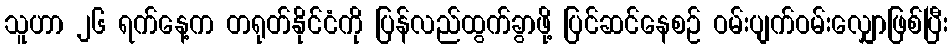
သူဟာ ၂၆ ရက်နေ့က တရုတ်နိုင်ငံကို ပြန်လည်ထွက်ခွာဖို့ ပြင်ဆင်နေစဉ် ဝမ်းပျက်ဝမ်းလျှောဖြစ်ပြီး